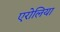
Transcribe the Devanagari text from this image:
एरोलिया